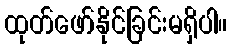
ထုတ်ဖော်နိုင်ခြင်းမရှိပါ။